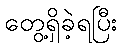
တွေ့ရှိခဲ့ရပြီး